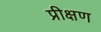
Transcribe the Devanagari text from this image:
प्रीक्षण